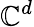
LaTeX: \mathbb{C}^{d}